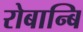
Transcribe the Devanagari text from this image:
रोबान्बि